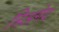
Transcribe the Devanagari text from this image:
त्रिअगेद